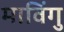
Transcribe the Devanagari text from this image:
माविंगु